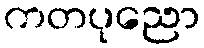
ကတပုညော